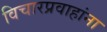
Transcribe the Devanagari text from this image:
विचारप्रवाहांना